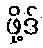
ဖို့ဒ်